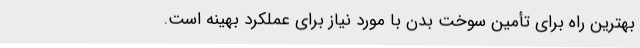
بهترین راه برای تأمین سوخت بدن با مورد نیاز برای عملکرد بهینه است.